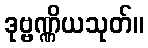
ဒုဗ္ဗဏ္ဏိယသုတ်။